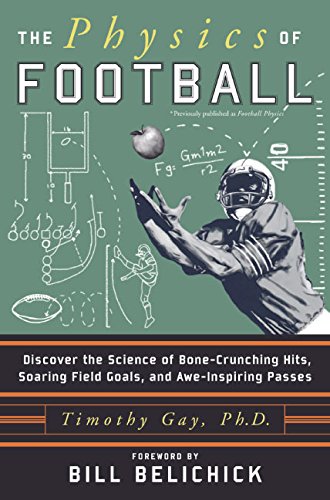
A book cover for The Physics of Football: Discover the Science of Bone-Crunching Hits, Soaring Field Goals, and Awe-Inspiring Passes; Timothy, PhD Gay; Science & Math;